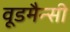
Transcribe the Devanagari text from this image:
वूडमैन्सी